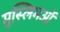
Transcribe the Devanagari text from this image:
मुस्लिमओं